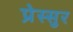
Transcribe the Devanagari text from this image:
प्रेस्सुर